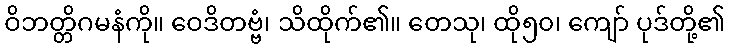
ဝိဘတ္တိဂမနံကို။ ဝေဒိတဗ္ဗံ၊ သိထိုက်၏။ တေသု၊ ထို၅၀၊ ကျော် ပုဒ်တို့၏